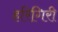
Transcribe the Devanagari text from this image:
हरिगिरी